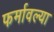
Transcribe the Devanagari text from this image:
फर्मावल्या